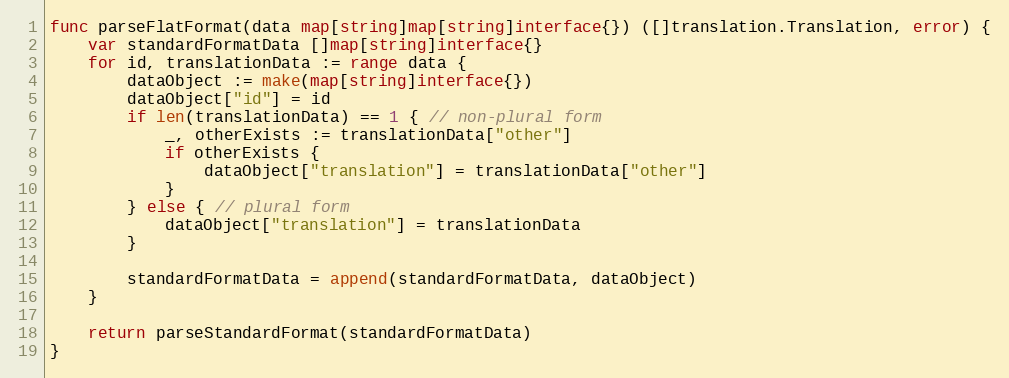
Language: Go
func parseFlatFormat(data map[string]map[string]interface{}) ([]translation.Translation, error) {
	var standardFormatData []map[string]interface{}
	for id, translationData := range data {
		dataObject := make(map[string]interface{})
		dataObject["id"] = id
		if len(translationData) == 1 { // non-plural form
			_, otherExists := translationData["other"]
			if otherExists {
				dataObject["translation"] = translationData["other"]
			}
		} else { // plural form
			dataObject["translation"] = translationData
		}

		standardFormatData = append(standardFormatData, dataObject)
	}

	return parseStandardFormat(standardFormatData)
}